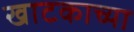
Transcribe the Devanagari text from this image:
खाटकाच्या